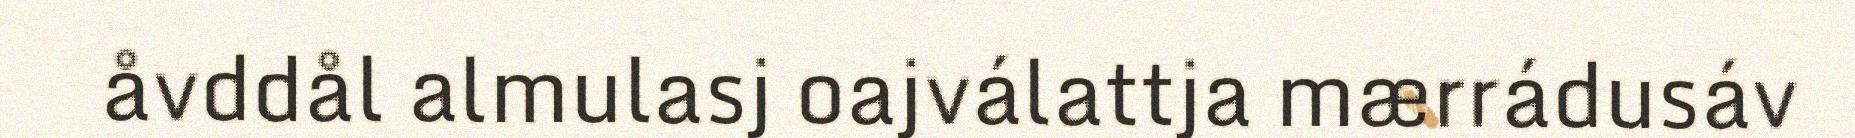
åvddål almulasj oajválattja mærrádusáv